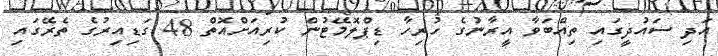
އަދި ސައުދީގައި ތިއްބަވާ އީރާނުގެ ހުރިހާ ޑިޕްލޮމޭޓުން ކުރިއަށްއޮތް 48 ގަޑިއިރުގެ ތެރޭގައި